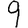
Digit: 9